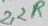
Text: 2,2R